Report on the bubonic plague in Bombay, 1896-1897
Year: 1896
Disease focus: Plague
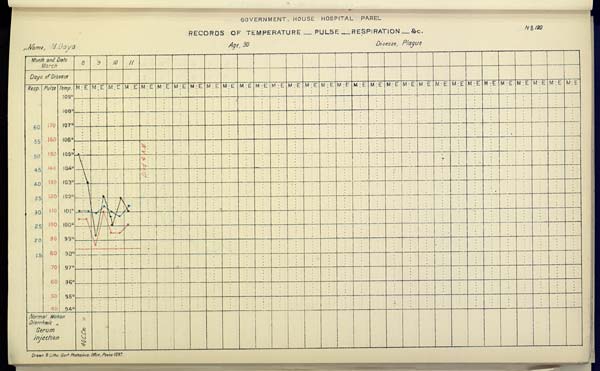
GOVERNMENT HOUSE HOSPITAL PAREL
RECORDS OF TEMPERATURE __ PULSE __ RESPIRATION __ &c. No. 120
Name,
M.
Daya
Age,
30
Disease,
Plague
Drawn & Litho: Govt. Photozinco: Office, Poona 1897.